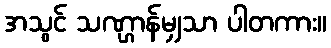
အသွင် သဏ္ဌာန်မျှသာ ပါတကား။